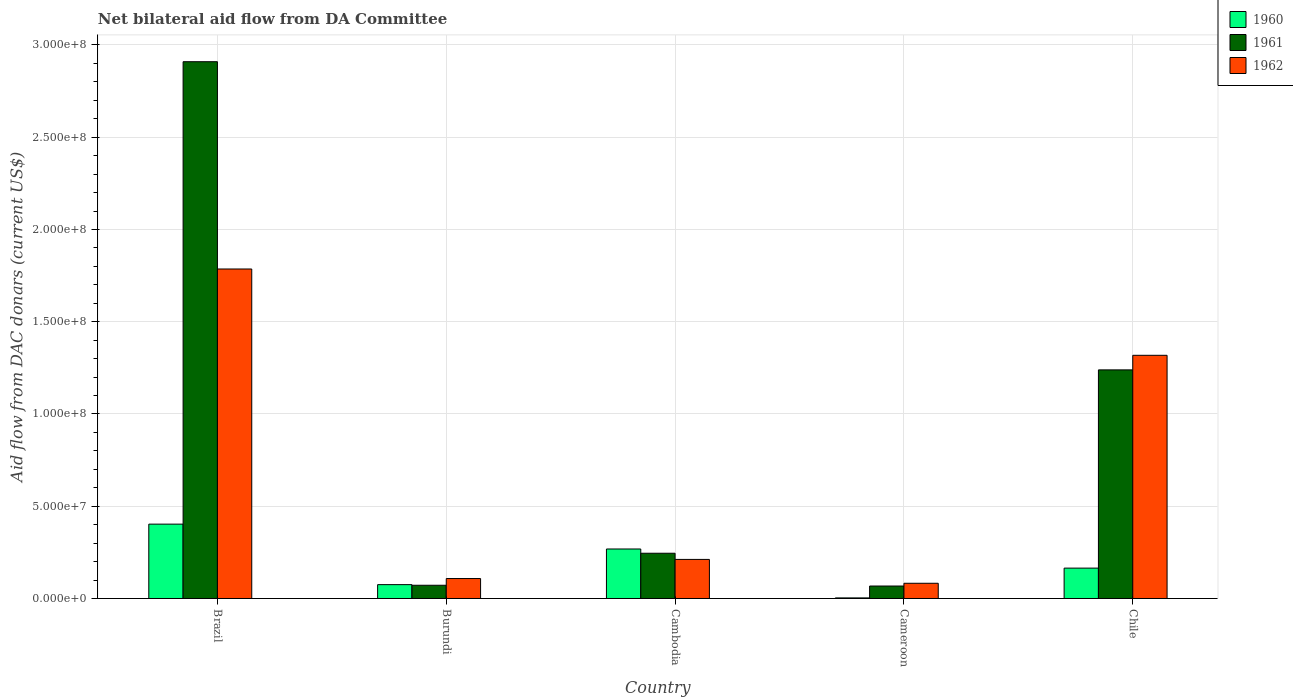
| Country | 1960 | 1961 | 1962 |
 | --- | --- | --- | --- |
 | Brazil | 4.03e+07 | 2.91e+08 | 1.79e+08 |
 | Burundi | 7.51e+06 | 7.17e+06 | 1.08e+07 |
 | Cambodia | 2.68e+07 | 2.45e+07 | 2.12e+07 |
 | Cameroon | 3.2e+05 | 6.76e+06 | 8.25e+06 |
 | Chile | 1.65e+07 | 1.24e+08 | 1.32e+08 |